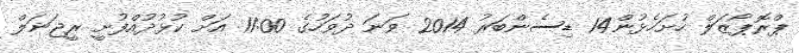
ޕްރޮޕޯޒަލް ހުށަހެޅުން14 ޑިސެންބަރު 2014 ވަނަ ދުވަހުގެ 11:00 އަށް ކުޅުދުއްފުށީ ރީޖަނަލް